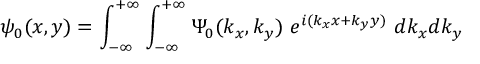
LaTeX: \psi _ { 0 } ( x , y ) = \int _ { - \infty } ^ { + \infty } \int _ { - \infty } ^ { + \infty } \Psi _ { 0 } ( k _ { x } , k _ { y } ) ~ e ^ { i ( k _ { x } x + k _ { y } y ) } ~ d k _ { x } d k _ { y }